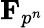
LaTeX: \mathbf{F}_{p^{n}}